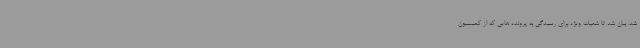
شد. بیان شد تا شعبات ویژه برای رسیدگی به پرونده هایی که از کمیسیون